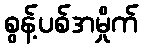
စွန့်ပစ်အမှိုက်